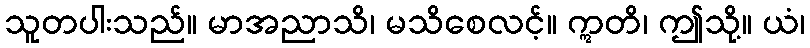
သူတပါးသည်။ မာအညာသိ၊ မသိစေလင့်။ ဣတိ၊ ဤသို့။ ယံ၊